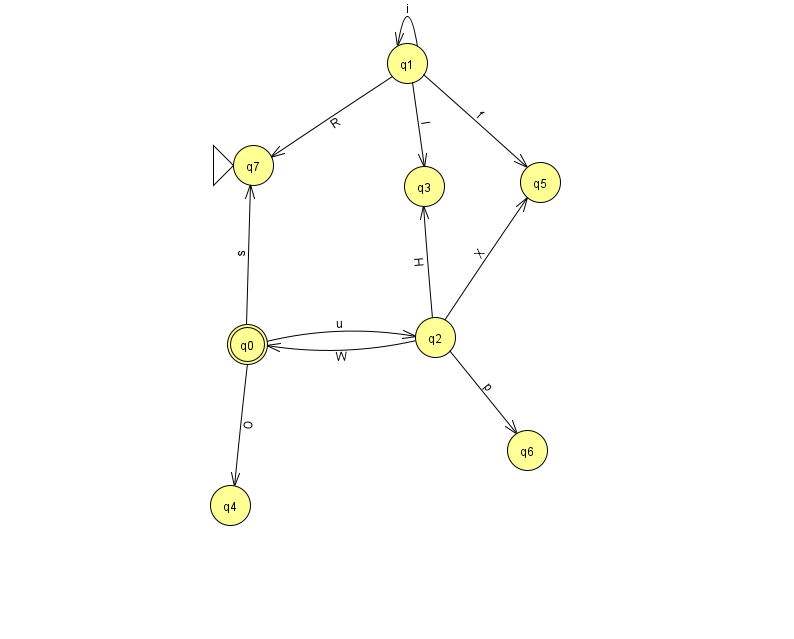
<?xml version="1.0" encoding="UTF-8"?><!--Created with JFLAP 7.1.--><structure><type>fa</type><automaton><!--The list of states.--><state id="0" name="q0"><x>247.0</x><y>331.0</y><final/></state><state id="1" name="q1"><x>407.0</x><y>50.0</y></state><state id="2" name="q2"><x>435.0</x><y>324.0</y></state><state id="3" name="q3"><x>424.0</x><y>173.0</y></state><state id="4" name="q4"><x>230.0</x><y>492.0</y></state><state id="5" name="q5"><x>540.0</x><y>169.0</y></state><state id="6" name="q6"><x>527.0</x><y>437.0</y></state><state id="7" name="q7"><x>253.0</x><y>152.0</y><initial/></state><!--The list of transitions.--><transition><from>1</from><to>7</to><read>R</read></transition><transition><from>2</from><to>3</to><read>H</read></transition><transition><from>2</from><to>6</to><read>p</read></transition><transition><from>0</from><to>4</to><read>O</read></transition><transition><from>2</from><to>0</to><read>W</read></transition><transition><from>0</from><to>2</to><read>u</read></transition><transition><from>1</from><to>1</to><read>i</read></transition><transition><from>1</from><to>3</to><read>I</read></transition><transition><from>2</from><to>5</to><read>X</read></transition><transition><from>1</from><to>5</to><read>f</read></transition><transition><from>0</from><to>7</to><read>s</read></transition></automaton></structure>